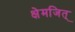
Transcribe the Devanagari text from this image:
क्षेमजित्